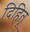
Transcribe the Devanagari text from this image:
दिहितू